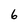
Character: 6